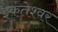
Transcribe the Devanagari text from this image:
इकंतेश्वर